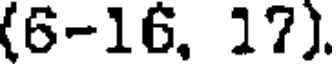
(6-16, 17).